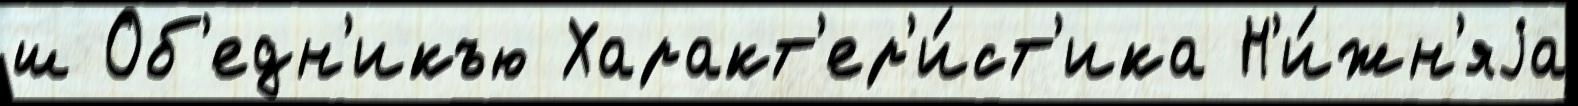
ш Об'едн'икъю Характ'ер'и́ст'ика Н'и́жн'яjа